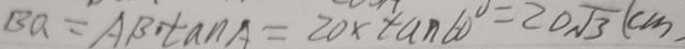
B Q = A B \cdot \tan A = 2 0 \times \tan 6 0 ^ { \circ } = 2 0 \sqrt { 3 } ( c m